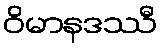
ဝိမာနဒဿီ